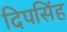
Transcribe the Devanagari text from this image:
दिपसिंह